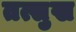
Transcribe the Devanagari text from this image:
तत्सुख